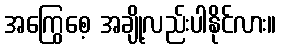
အကြွေစေ့ အချို့လည်းပါနိုင်လား။